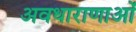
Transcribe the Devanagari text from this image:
अवधाराणाओं